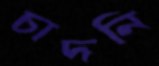
চাদনি